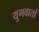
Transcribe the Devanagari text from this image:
युगवार्ता